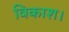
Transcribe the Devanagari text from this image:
विकाश।